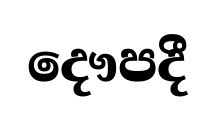
දෞපදී